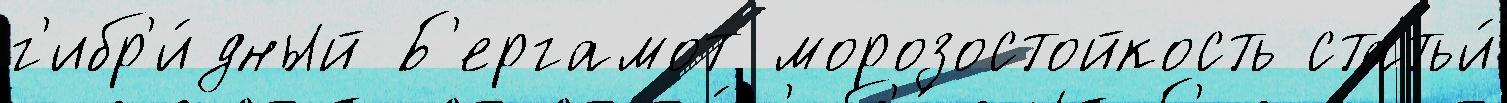
г'ибр'и́дный Б'ергамот морозостойкость статьи́